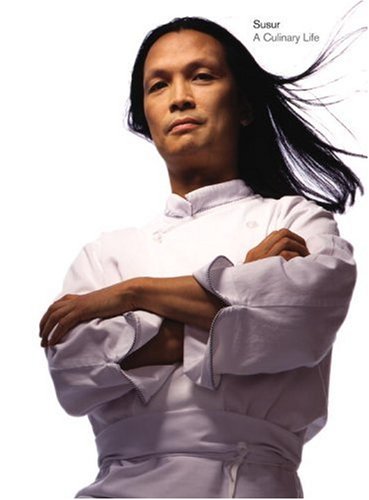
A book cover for Susur: A Culinary Life; Susur Lee; Cookbooks, Food & Wine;